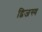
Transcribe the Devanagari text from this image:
द्विजस्य